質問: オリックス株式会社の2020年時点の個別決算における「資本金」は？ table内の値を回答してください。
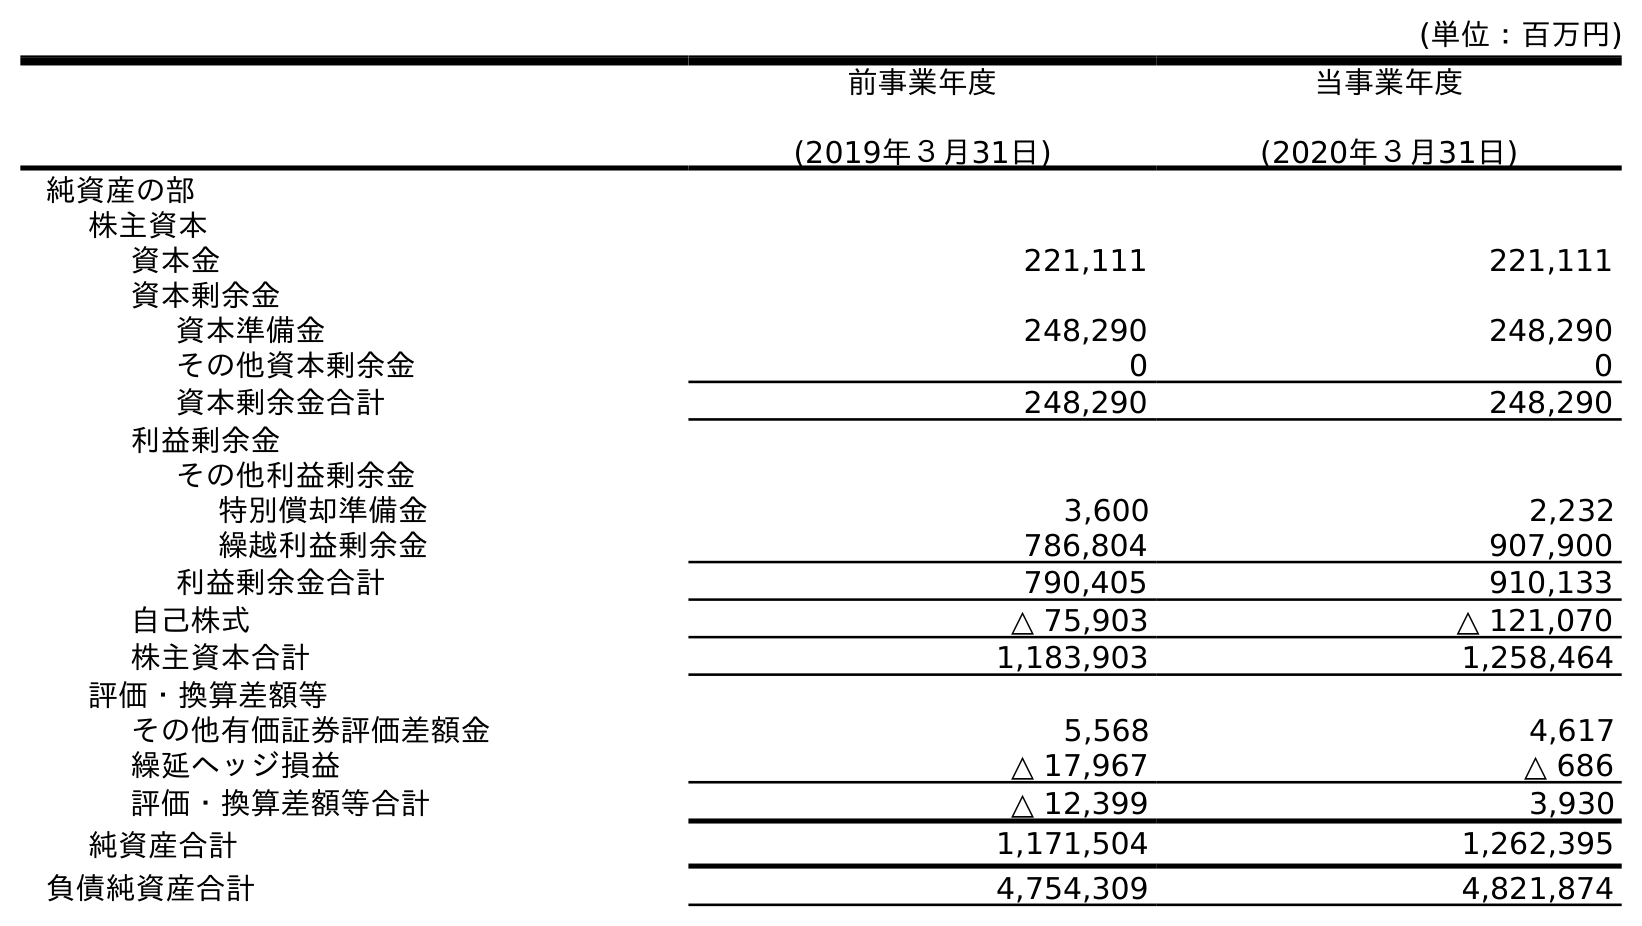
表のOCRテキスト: (単位：百万円) 前事業年度 (2019年３月31日) 当事業年度 (2020年３月31日) 純資産の部 株主資本 資本金 221,111 221,111 資本剰余金 資本準備金 248,290 248,290 その他資本剰余金 0 0 資本剰余金合計 248,290 248,290 利益剰余金 その他利益剰余金 特別償却準備金 3,600 2,232 繰越利益剰余金 786,804 907,900 利益剰余金合計 790,405 910,133 自己株式 △ 75,903 △ 121,070 株主資本合計 1,183,903 1,258,464 評価・換算差額等 その他有価証券評価差額金 5,568 4,617 繰延ヘッジ損益 △ 17,967 △ 686 評価・換算差額等合計 △ 12,399 3,930 純資産合計 1,171,504 1,262,395 負債純資産合計 4,754,309 4,821,874
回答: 221,111